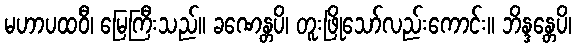
မဟာပထဝီ၊ မြေကြီးသည်။ ခဏေန္တပိ၊ တူးဖြိုသော်လည်းကောင်း။ ဘိန္ဒန္တေပိ၊